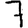
Digit: 7